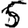
Digit: 5